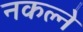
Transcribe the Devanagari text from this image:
नकल्ने